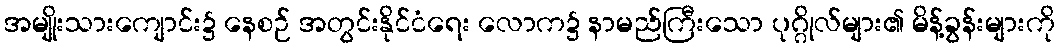
အမျိုးသားကျောင်း၌ နေစဉ် အတွင်းနိုင်ငံရေး လောက၌ နာမည်ကြီးသော ပုဂ္ဂိုလ်များ၏ မိန့်ခွန်းများကို